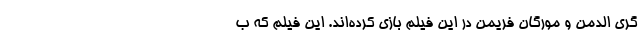
گری الدمن و مورگان فریمن در این فیلم بازی کرده‌اند. این فیلم که ب